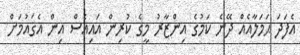
އެފަދަ ޙަމަލާއެއް ދޭނެ ކަމުގެ އިންޒާރު މީގެ ކުރިން އައިއެސް އިން އެޤައުމަށް